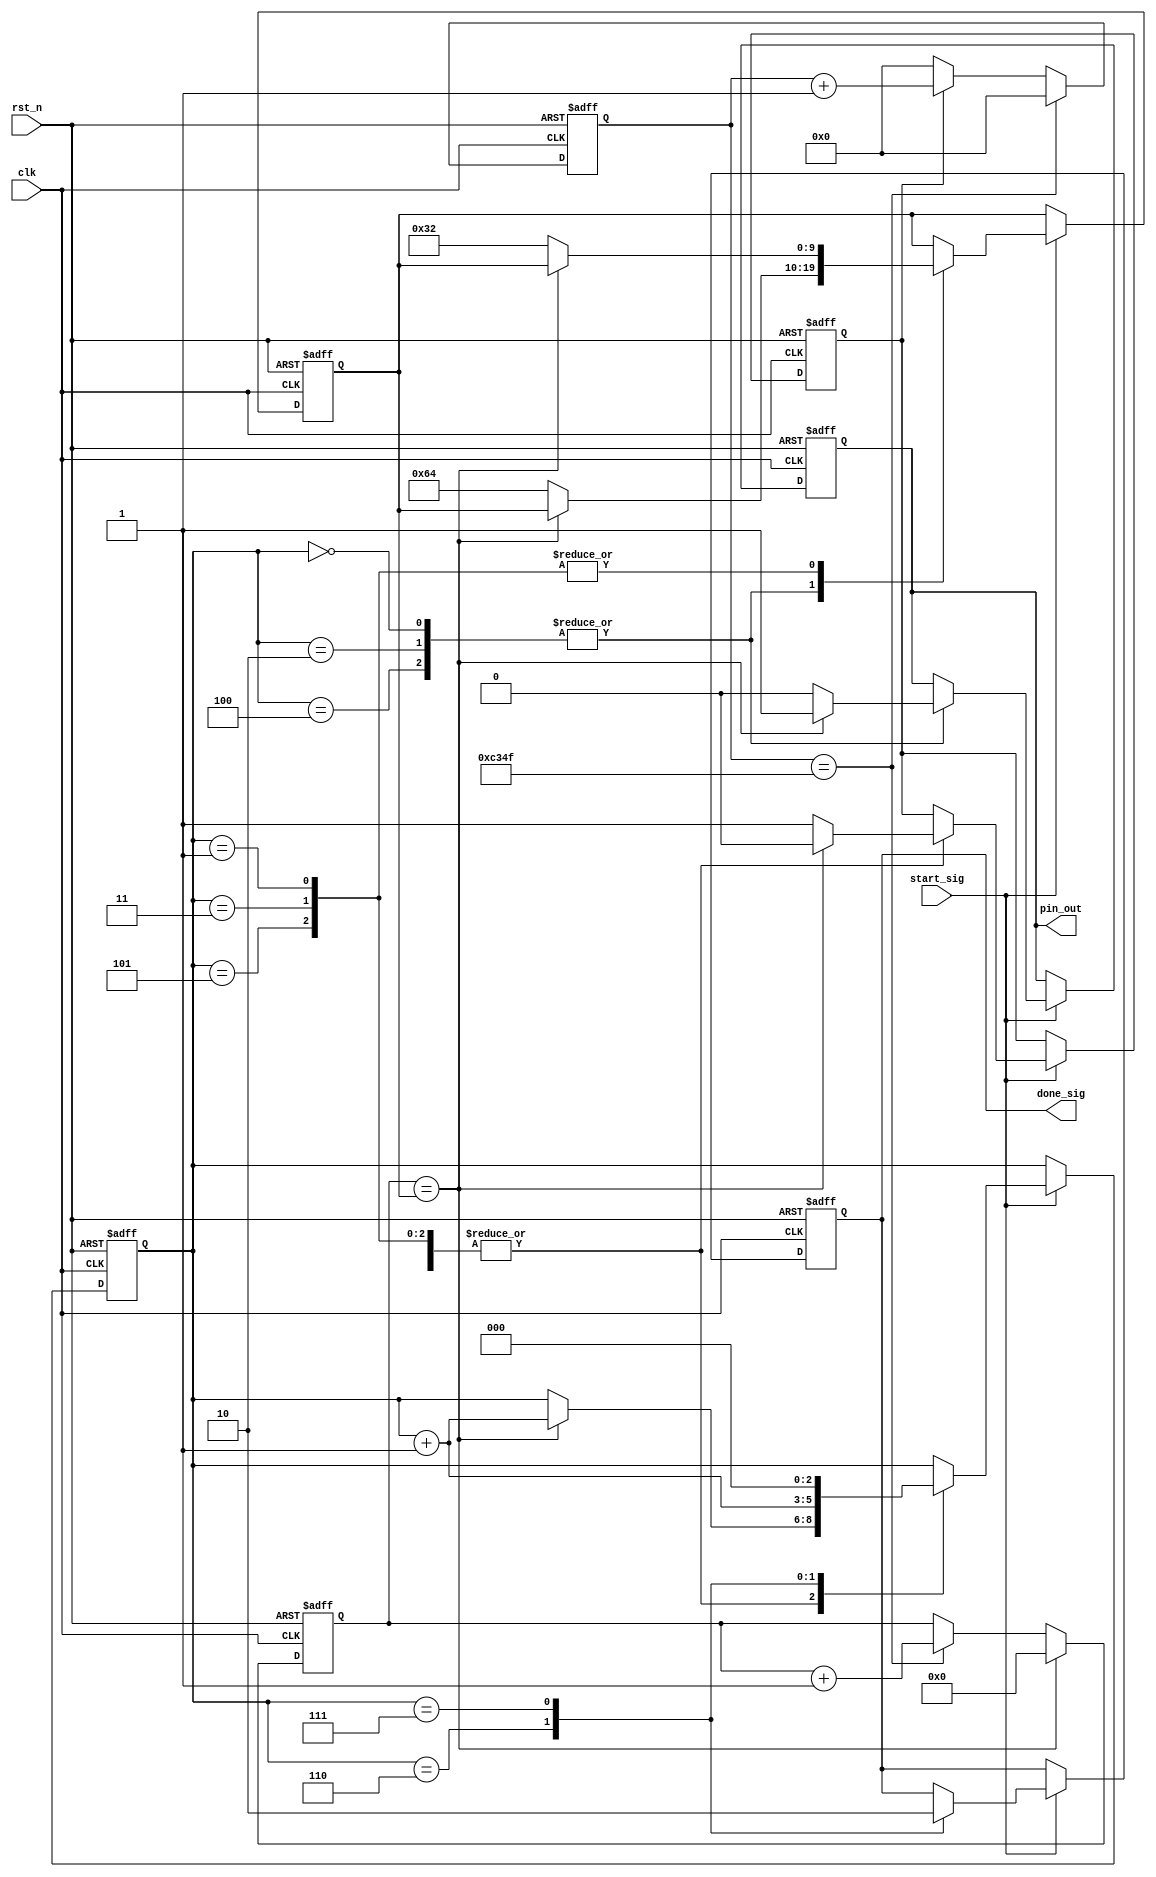
module s_module
(
    clk,
    rst_n,
    start_sig,
    done_sig,
    pin_out
);
    
    input clk;
    input rst_n;
    input start_sig;
    output done_sig;
    output pin_out;
    
    parameter T1MS = 16'd49_999;
    
    /* 在isCount信号使能的作用下 计时1ms */
    reg [15:0]count1;
    
    always @(posedge clk or negedge rst_n) begin
        if (!rst_n)
            count1 <= 16'd0;
        else if (count1 == T1MS)
            count1 <= 16'd0;
        else if (isCount)
            count1 <= count1 + 1'b1;
        else
            count1 <= 16'd0;
    end
    
    /* 计时rTime毫秒时间 */
    reg [9:0]count_MS;
    
    always @(posedge clk or negedge rst_n) begin
        if (!rst_n)
            count_MS <= 10'd0;
        else if(count_MS == rTime)
            count_MS <= 10'd0;
        else if (count1 == T1MS)
            count_MS <= count_MS + 1'b1;
    end
    
    /* 产生SOS信号的S信号 */
    reg [2:0]i;
    reg isCount;
    reg isDone;
    reg rPin_out;
    reg [9:0]rTime;
    
    // S信号 -- . -- . -- .
    //       0  1 2  3 4  5
    // 0 2 4三声短 100ms
    // 1 3 5三声点 50ms
    always @(posedge clk or negedge rst_n)
    begin
        if (!rst_n)
        begin
            i <= 3'd0;
            isCount <= 1'b0;
            isDone <= 1'b0;
            rPin_out <= 1'b1;
            rTime <= 10'd1000;      // 1000ms
        end
        else if(start_sig)
        begin
            case (i)
            
                3'd0, 3'd2, 3'd4:
                    if (count_MS == rTime) begin
                        i <= i + 1'b1;
                        isCount <= 1'b0;
                        rPin_out <= 1'b1;
                    end
                    else begin
                        isCount <= 1'b1;
                        rTime <= 10'd100;
                        rPin_out <= 1'b0;
                    end

                3'd1, 3'd3, 3'd5:
                    if (count_MS == rTime) begin
                        i <= i + 1'b1;
                        isCount <= 1'b0;
                    end
                    else begin
                        isCount <= 1'b1;
                        rTime <= 10'd50;
                    end
                    
                3'd6:
                    begin
                        i <= i + 1'b1;
                        isDone <= 1'b1;
                    end
                
                3'd7:
                    begin
                        i <= 3'd0;
                        isDone <= 1'b0;
                    end
                    
            endcase
        end
    end
    
    assign done_sig = isDone;
    assign pin_out = rPin_out;
    
endmodule